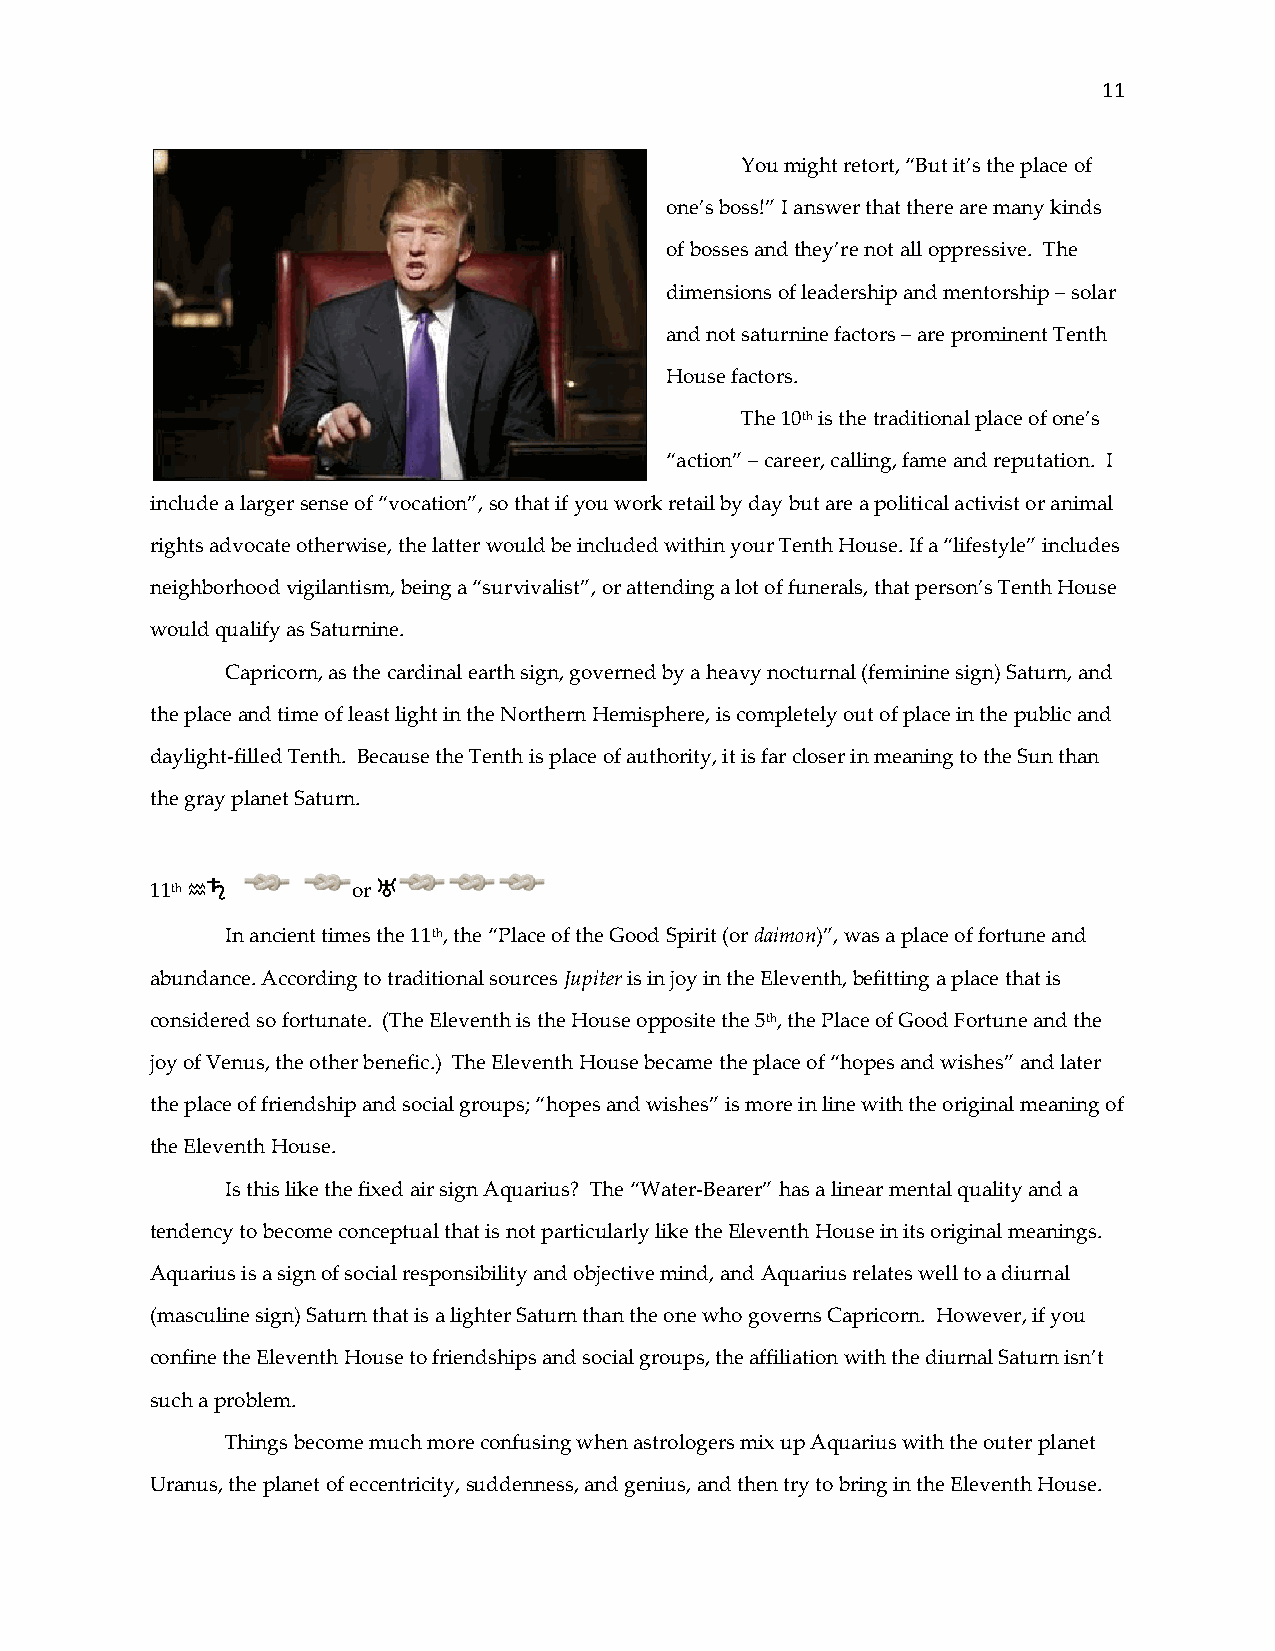
11
 You might retort, “But it’s the place of
 one’s boss!” I answer that there are many kinds
 of bosses and they’re not all oppressive. The
 dimensions of leadership and mentorship – solar
 and not saturnine factors – are prominent Tenth
 House factors.
 The 10th is the traditional place of one’s
 “action” – career, calling, fame and reputation. I
 include a larger sense of “vocation”, so that if you work retail by day but are a political activist or animal
 rights advocate otherwise, the latter would be included within your Tenth House. If a “lifestyle” includes
 neighborhood vigilantism, being a “survivalist”, or attending a lot of funerals, that person’s Tenth House
 would qualify as Saturnine.
 Capricorn, as the cardinal earth sign, governed by a heavy nocturnal (feminine sign) Saturn, and
 the place and time of least light in the Northern Hemisphere, is completely out of place in the public and
 daylight-filled Tenth. Because the Tenth is place of authority, it is far closer in meaning to the Sun than
 the gray planet Saturn.
 j          k
 11th [       or
 In ancient times the 11th, the “Place of the Good Spirit (or daimon)”, was a place of fortune and
 abundance. According to traditional sources Jupiter is in joy in the Eleventh, befitting a place that is
 considered so fortunate. (The Eleventh is the House opposite the 5th, the Place of Good Fortune and the
 joy of Venus, the other benefic.) The Eleventh House became the place of “hopes and wishes” and later
 the place of friendship and social groups; “hopes and wishes” is more in line with the original meaning of
 the Eleventh House.
 Is this like the fixed air sign Aquarius? The “Water-Bearer” has a linear mental quality and a
 tendency to become conceptual that is not particularly like the Eleventh House in its original meanings.
 Aquarius is a sign of social responsibility and objective mind, and Aquarius relates well to a diurnal
 (masculine sign) Saturn that is a lighter Saturn than the one who governs Capricorn. However, if you
 confine the Eleventh House to friendships and social groups, the affiliation with the diurnal Saturn isn’t
 such a problem.
 Things become much more confusing when astrologers mix up Aquarius with the outer planet
 Uranus, the planet of eccentricity, suddenness, and genius, and then try to bring in the Eleventh House.